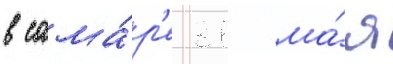
в сама́р'е 31 ма́я